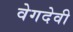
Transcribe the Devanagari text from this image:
वेगदेवी